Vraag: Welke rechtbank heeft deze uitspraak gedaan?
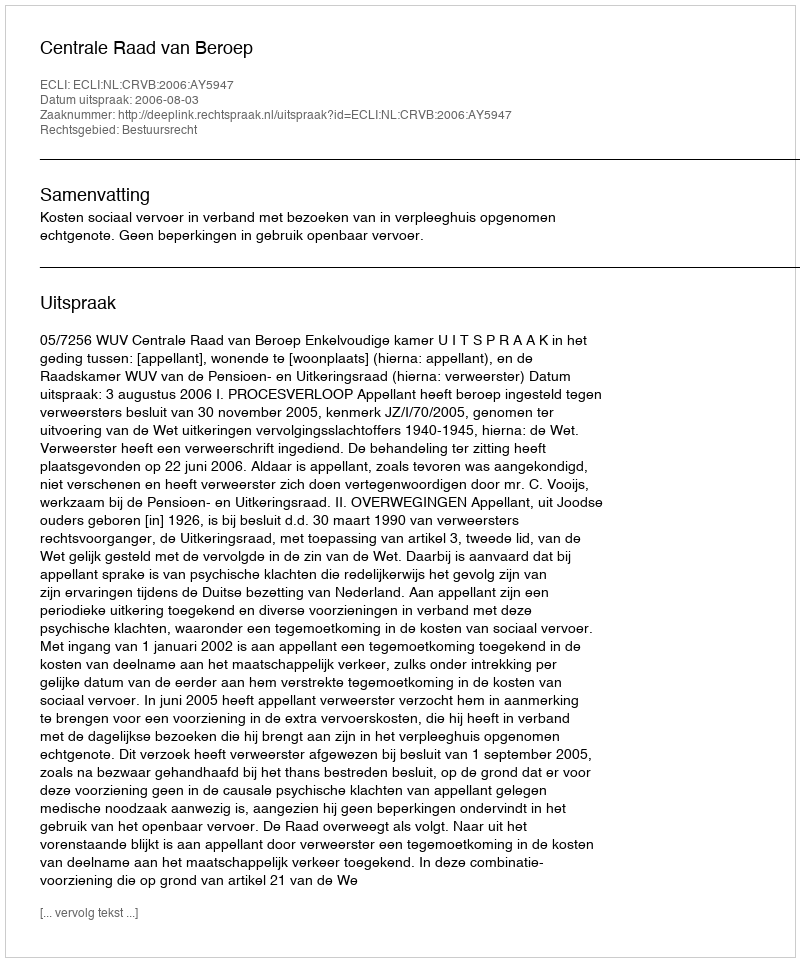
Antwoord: Centrale Raad van Beroep